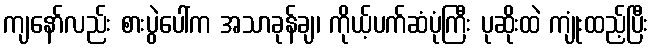
ကျနော်လည်း စားပွဲပေါ်က အသာခုန်ချ၊ ကိုယ့်ပက်ဆံပုံကြီး ပုဆိုးထဲ ကျုံးထည့်ပြီး